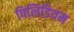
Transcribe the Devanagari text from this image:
पिलिडियम